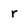
Character: r